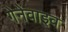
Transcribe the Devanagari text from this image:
गेनेवाइव